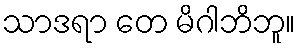
သာဒရာ တေ မိဂါဘိဘူ။